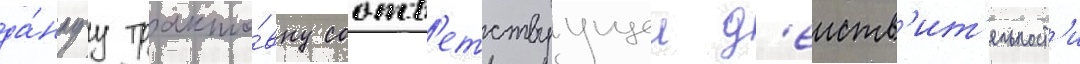
да́ннуу тракто́вку соотв'етствуущеи д'еиств'ит'ельност'и